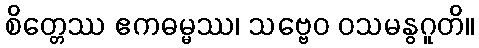
စိတ္တေဿ ဧကဓမ္မဿ၊ သဗ္ဗေဝ ဝသမနွဂူတိ။